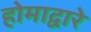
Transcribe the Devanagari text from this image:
होमाद्वारे